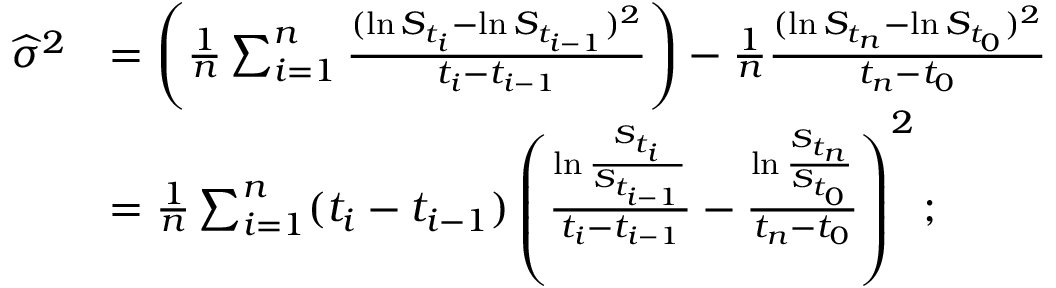
{ \begin{array} { r l } { { \widehat { \sigma } } ^ { 2 } } & { = \left( { \frac { 1 } { n } } \sum _ { i = 1 } ^ { n } { \frac { ( \ln S _ { t _ { i } } - \ln S _ { t _ { i - 1 } } ) ^ { 2 } } { t _ { i } - t _ { i - 1 } } } \right) - { \frac { 1 } { n } } { \frac { ( \ln S _ { t _ { n } } - \ln S _ { t _ { 0 } } ) ^ { 2 } } { t _ { n } - t _ { 0 } } } } \\ & { = { \frac { 1 } { n } } \sum _ { i = 1 } ^ { n } ( t _ { i } - t _ { i - 1 } ) \left( { \frac { \ln { \frac { S _ { t _ { i } } } { S _ { t _ { i - 1 } } } } } { t _ { i } - t _ { i - 1 } } } - { \frac { \ln { \frac { S _ { t _ { n } } } { S _ { t _ { 0 } } } } } { t _ { n } - t _ { 0 } } } \right) ^ { 2 } ; } \end{array} }